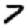
Digit: 7